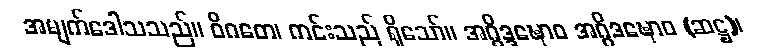
အမျက်ဒေါသသည်။ ဝိဂတေ၊ ကင်းသည် ရှိသော်။ အဂ္ဂိဒ္ဒဍ္ဎောဝ အဂ္ဂိဒဍ္ဎောဝ (ဆဋ္ဌ)၊